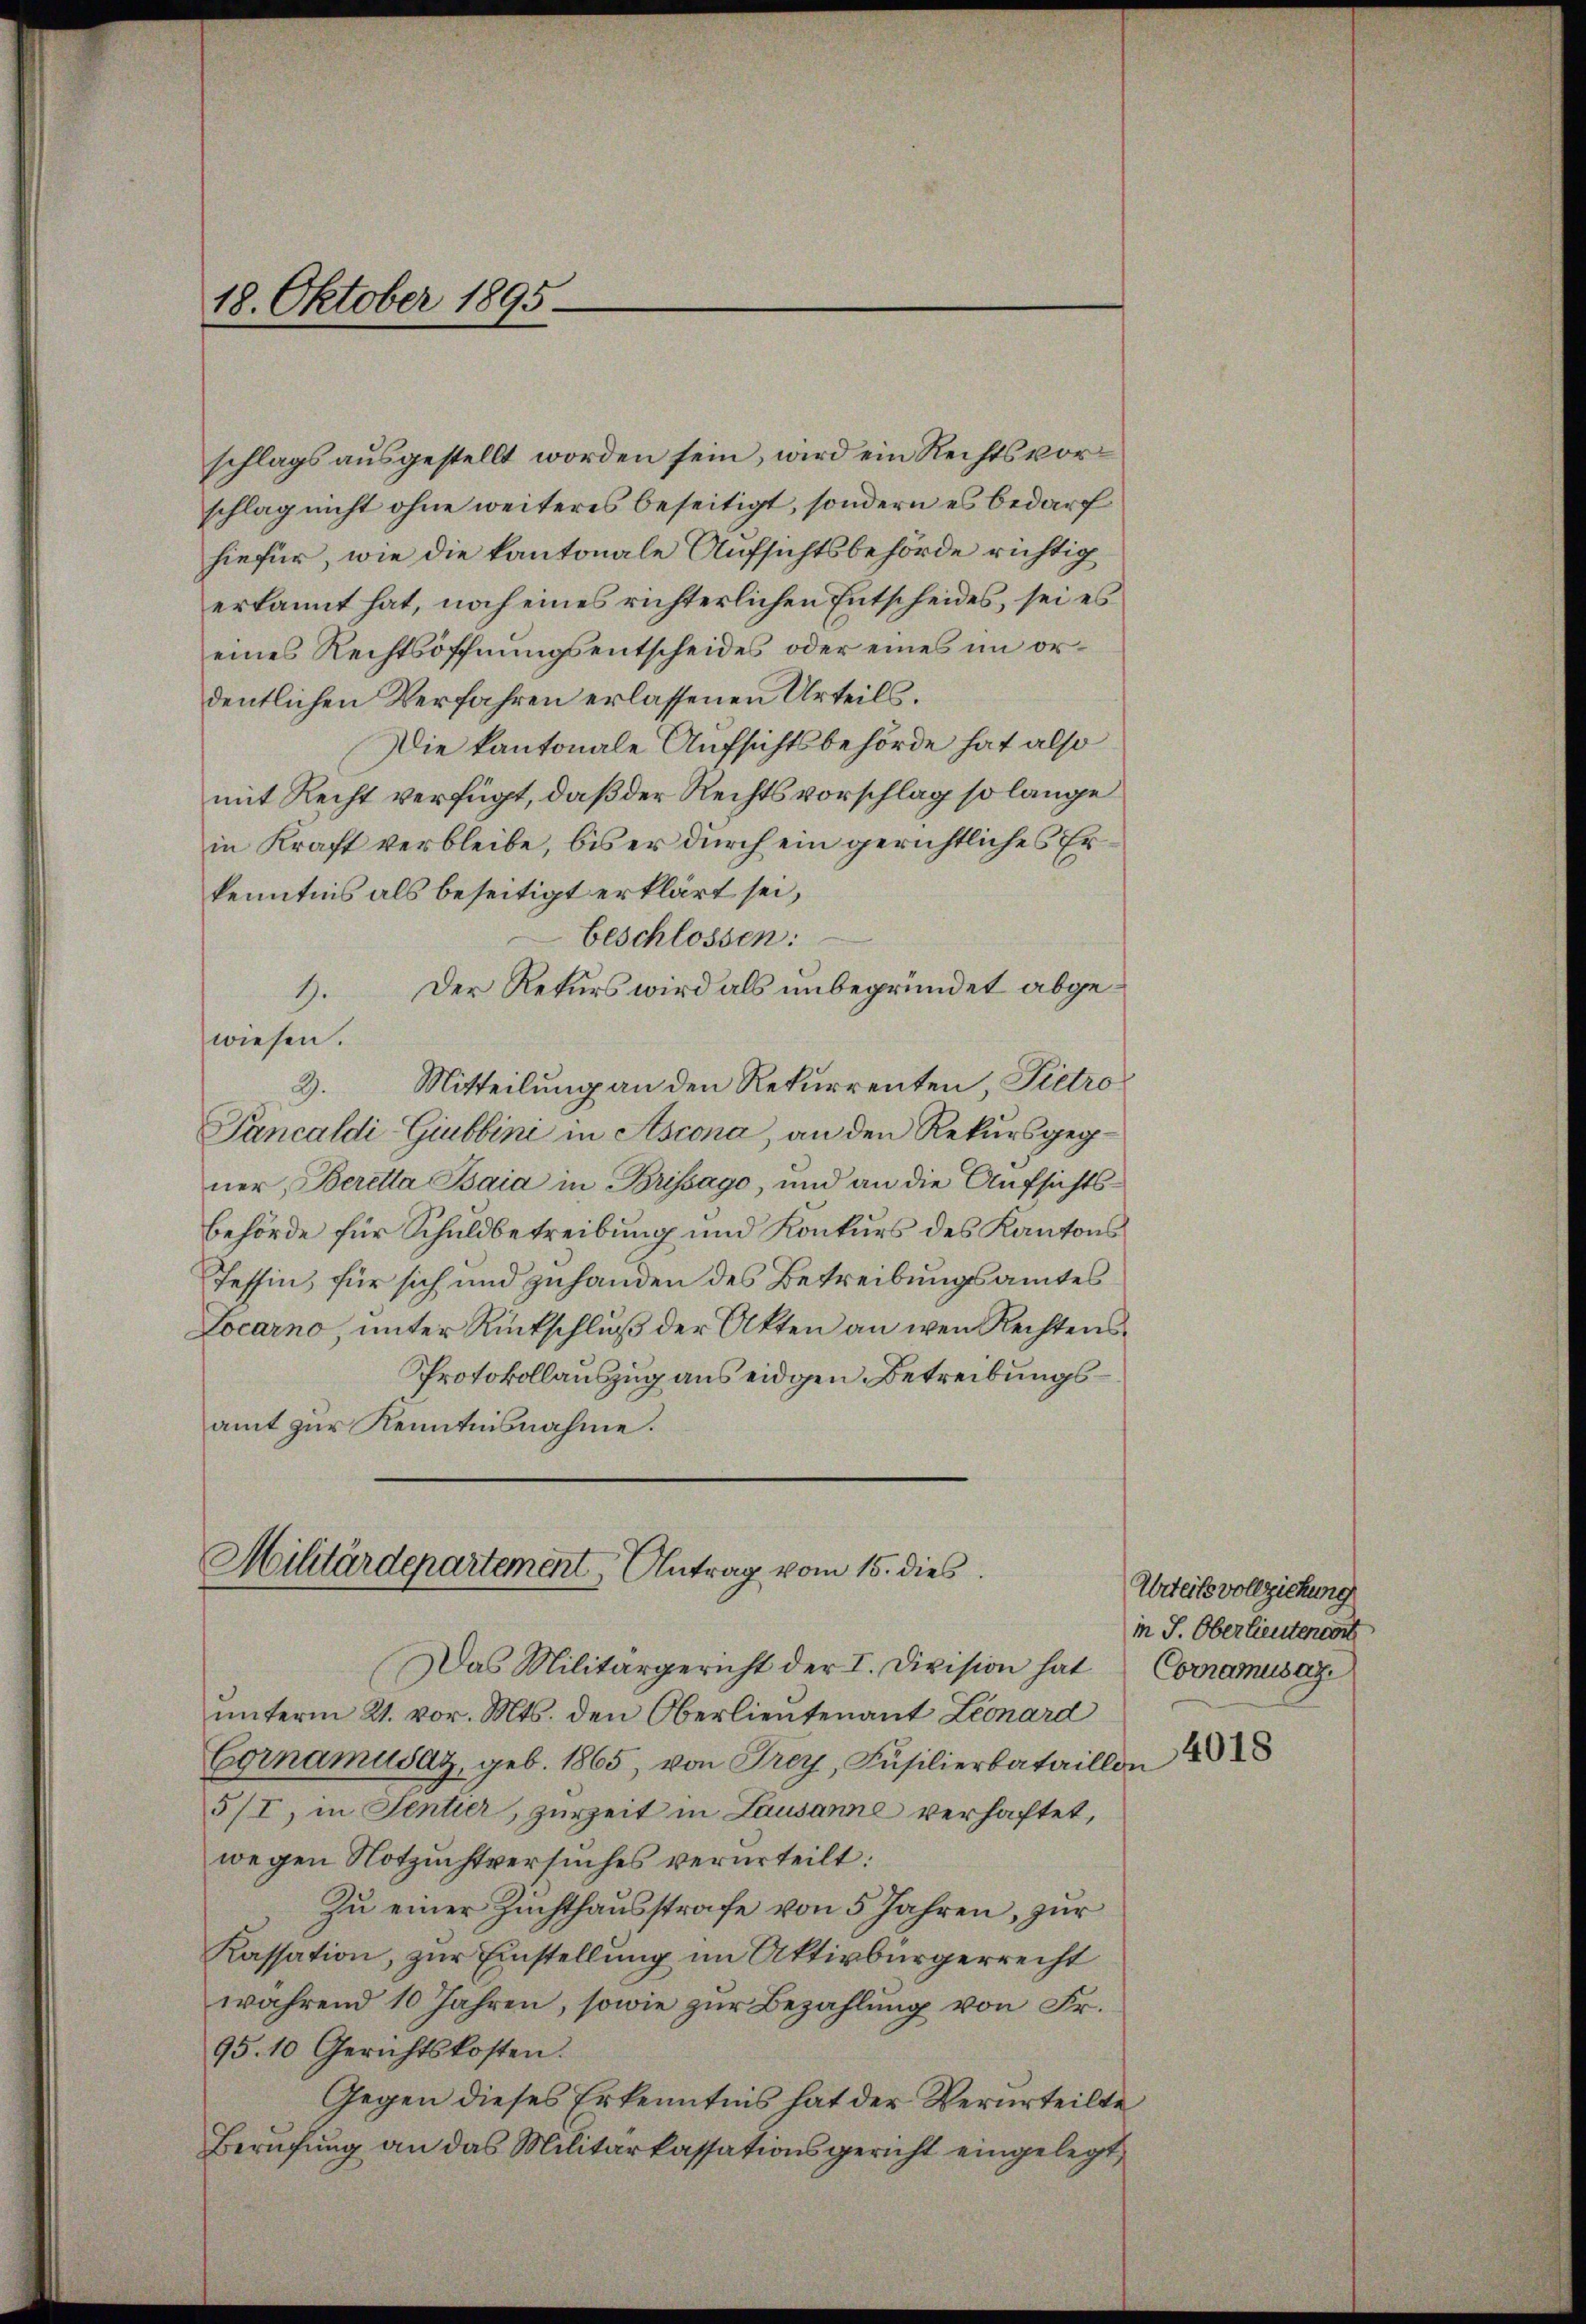
18. Oktober 1895

schlags ausgestellt worden sein, wird ein Rechtsvorschlag nicht ohne weiteres beseitigt, sondern es bedarf
hiefür, wie die kantonale Aufsichtsbehörde richtig
erkannt hat, noch eines richterlichen Entscheides, sei es
eines Rechtsöffnungsentscheides oder eines im ordentlichen Verfahren erlassenen Urteils.
Die kantonale Aufsichtsbehörde hat also
mit Recht verfügt, daß der Rechtsvorschlag so lange
in Kraft verbleibe, bis er durch ein gerichtliches Erkenntnis als beseitigt erklärt sei,
beschlossen:
Der Rekurs wird als unbegründet abge¬
.
wiesen.
Mitteilung an den Rekurrenten, Pietro
3.
Pancaldi Giubbini in Ascona, an den Rekursgegner, Beretta Baia in Brissago, und an die Aufsichtsbehörde für Schuldbetreibung und Konkurs des Kantons
Tessin, für sich und zuhanden des Betreibungsamtes
Locarno, unter Rückschluß der Akten an wen Rechtens¬
Protokollauszug aus eidgen. Betreibungsamt zur Kenntnisnahme.
Militärdepartement Antrag vom 15. dies

Urteils vollziehung
in J. Oberlieutencor
Cornamusaz.

Das Militärgericht der I. Division hat
unterm 21. vor. Mts. den Oberlieutenant Leonard
Cornamusaz, geb. 1865, von Troy, Füsilierbataillon 25
5/I, in Sentier, zurzeit in Lausanne verhaftet,
wegen Notzuchtversuches verurteilt:
Zu einer Zuchthausstrafe von 5 Jahren, zur
Kassation, zur Einstellung im Aktivbürgerrecht
während 10 Jahren, sowie zur Bezahlung von Fr.
95. 10 Gerichtskosten.
Gegen dieses Erkenntnis hat der Verurteilte
Berufung an das Militärkassationsgericht eingelegt,